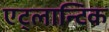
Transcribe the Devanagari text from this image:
एट्लान्टिक